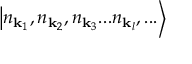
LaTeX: \left| n _ { \mathbf { k } _ { 1 } } , n _ { \mathbf { k } _ { 2 } } , n _ { \mathbf { k } _ { 3 } } . . . n _ { \mathbf { k } _ { l } } , . . . \right\rangle